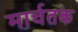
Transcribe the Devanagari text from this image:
मार्चतक